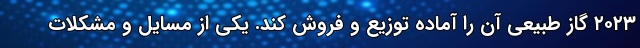
۲۰۲۳ گاز طبیعی آن را آماده توزیع و فروش کند. یکی از مسایل و مشکلات